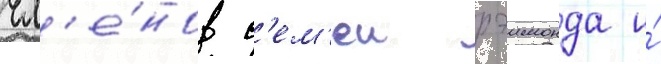
чл'е́нов с'ем'еи рэимонда и́